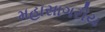
મહાસાગરીય